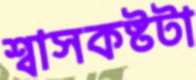
শ্বাসকষ্টটা